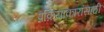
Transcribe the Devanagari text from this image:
प्रक्रियाकारांसाठी